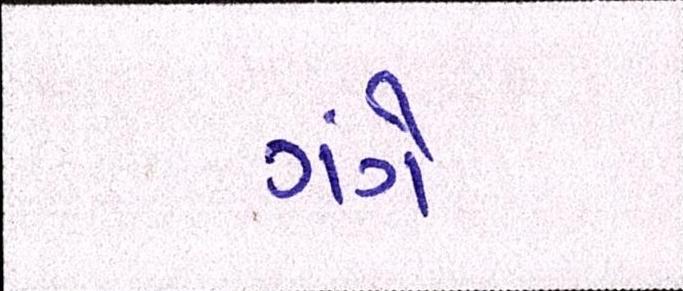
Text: ગંગે